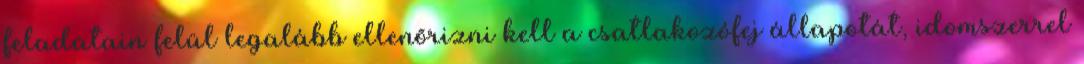
feladatain felül legalább ellenõrizni kell a csatlakozófej állapotát, idomszerrel